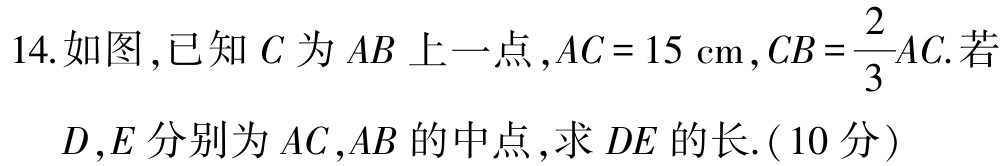
14.如图,已知\(C\)为\(AB\)上一点,\(AC = 15\mathrm{cm}\),\(CB=\frac{2}{3}AC\).若

\(D\),\(E\)分别为\(AC\),\(AB\)的中点,求\(DE\)的长.(10分)